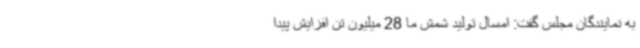
به نمایندگان مجلس گفت: امسال تولید شمش ما 28 میلیون تن افزایش پیدا